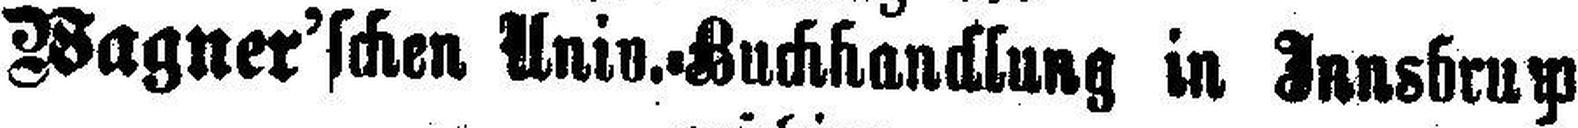
Wagner’schen Univ. Buchhandlung in Innsbru###